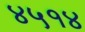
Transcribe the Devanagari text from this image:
४५१४